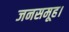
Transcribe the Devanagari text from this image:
जनसमूह।